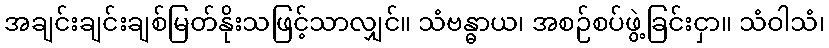
အချင်းချင်းချစ်မြတ်နိုးသဖြင့်သာလျှင်။ သံဗန္ဓာယ၊ အစဉ်စပ်ဖွဲ့ခြင်းငှာ။ သံဝါသံ၊